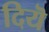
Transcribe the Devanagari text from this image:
दियॆ